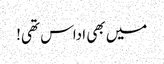
میں بھی اداس تھی!